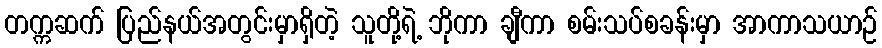
တက္ကဆက် ပြည်နယ်အတွင်းမှာရှိတဲ့ သူတို့ရဲ့ ဘိုကာ ချီကာ စမ်းသပ်စခန်းမှာ အာကာသယာဉ်